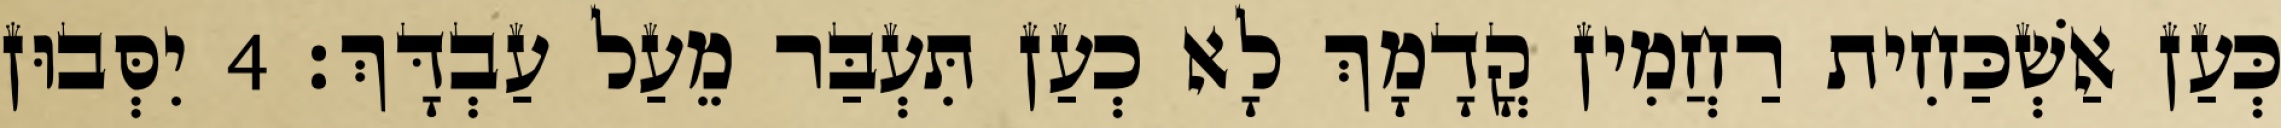
כְּעַן אַשְׁכַּחִית רַחֲמִין קֳדָמָךְ לָא כְעַן תִּעְבַּר מֵעַל עַבְדָּךְ׃ 4 יִסְּבוּן